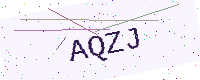
Text: AQZJ